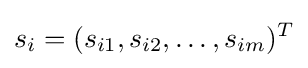
s_{i}=(s_{i1},s_{i2},\dots ,s_{im})^{T}